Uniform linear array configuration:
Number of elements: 4
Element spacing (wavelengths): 1
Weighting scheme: cosine
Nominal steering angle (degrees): -45
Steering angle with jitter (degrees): -46.407
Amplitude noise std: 0.05
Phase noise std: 0.05

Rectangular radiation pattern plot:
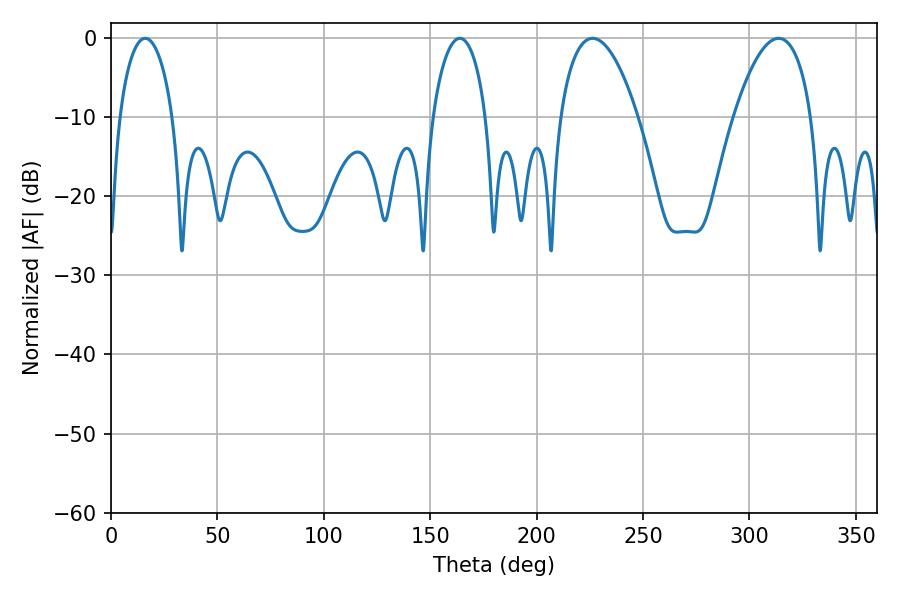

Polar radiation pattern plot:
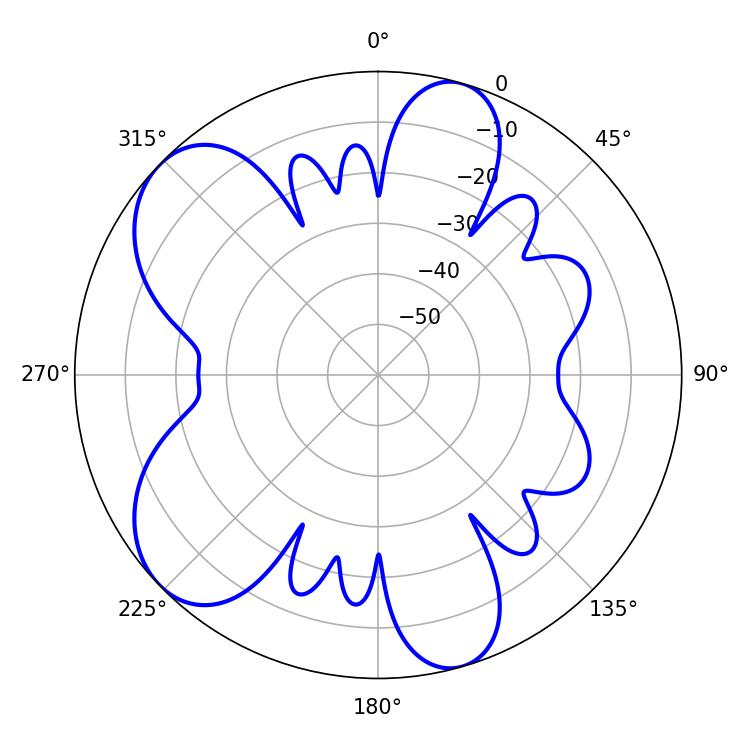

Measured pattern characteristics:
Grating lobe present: TRUE
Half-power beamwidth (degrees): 20.34
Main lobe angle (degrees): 226.26